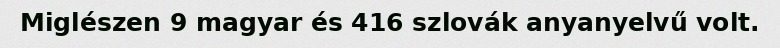
Miglészen 9 magyar és 416 szlovák anyanyelvű volt.